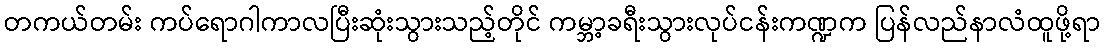
တကယ်တမ်း ကပ်ရောဂါကာလပြီးဆုံးသွားသည့်တိုင် ကမ္ဘာ့ခရီးသွားလုပ်ငန်းကဏ္ဍက ပြန်လည်နာလံထူဖို့ရာ